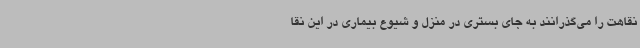
نقاهت را می‌گذرانند به جای بستری در منزل و شیوع بیماری در این نقا